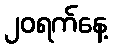
၂၀ရက်နေ့